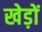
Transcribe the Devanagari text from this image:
खेड़ों